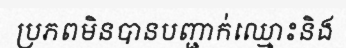
ប្រភពមិនបានបញ្ជាក់ឈ្មោះនិង